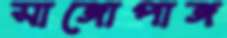
সাঙ্গোপাঙ্গ